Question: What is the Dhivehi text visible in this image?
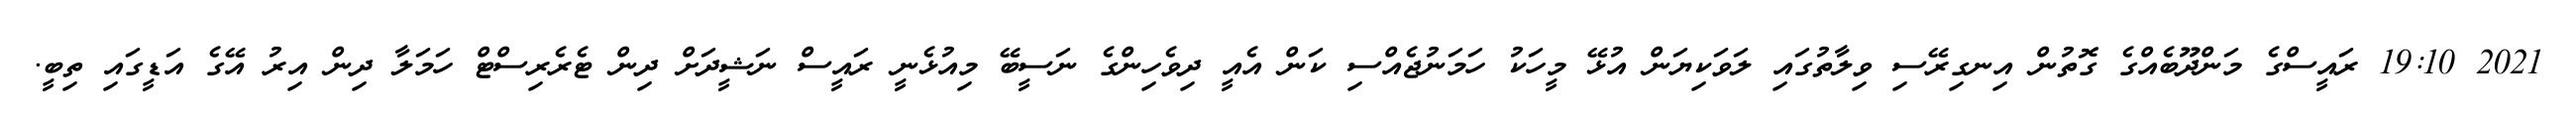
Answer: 2021 19:10 ރައީސްގެ މަންދޫބެއްގެ ގޮތުން އިނގިރޭސި ވިލާތުގައި ލަވަކިޔަން އުޅޭ މީހަކު ހަމަނުޖެއްސި ކަން އެއީ ދިވެހިންގެ ނަސީބޭ މިއުޅެނީ ރައީސް ނަޝީދަށް ދިން ޓެރެރިސްޓް ހަމަލާ ދިން އިރު އޭގެ އަޑީގައި ތިބީ.